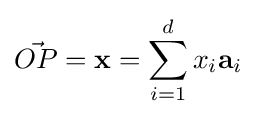
{\vec {OP}}=\mathbf {x} =\sum _{i=1}^{d}x_{i}\mathbf {a} _{i}